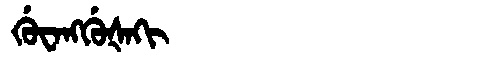
Manchu: ᡤᡠᠸᠠᠩᡤᡠᡧᠠᡴᡳ
Romanization: GUWANGGUŠAKI